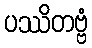
ပဿိတဗ္ဗံ